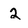
Character: 2